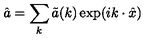
\hat { a } = \sum _ { k } \tilde { a } ( k ) \exp ( i k \cdot \hat { x } )